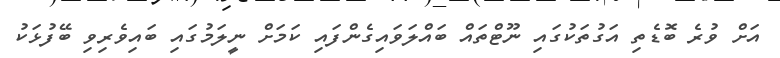
އަށް ވުރެ ބޮޑެތި އަގުތަކުގައި ނޫޓްތައް ބައްލަވައިގެންފައި ކަމަށް ނީލަމުގައި ބައިވެރިވި ބޭފުޅަކު